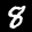
Label: 8